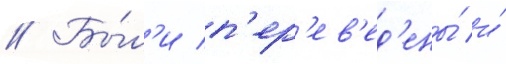
// Бы́л'и п'ер'ев'ед'ены́ и́